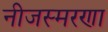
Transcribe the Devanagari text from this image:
नीजस्मरणा